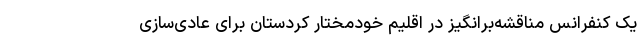
یک کنفرانس مناقشه‌برانگیز در اقلیم خودمختار کردستان برای عادی‌سازی